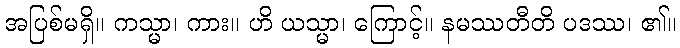
အပြစ်မရှိ။ ကသ္မာ၊ ကား။ ဟိ ယသ္မာ၊ ကြောင့်။ နမဿတီတိ ပဒဿ၊ ၏။